Rapla_vallavalitsus, lk 13
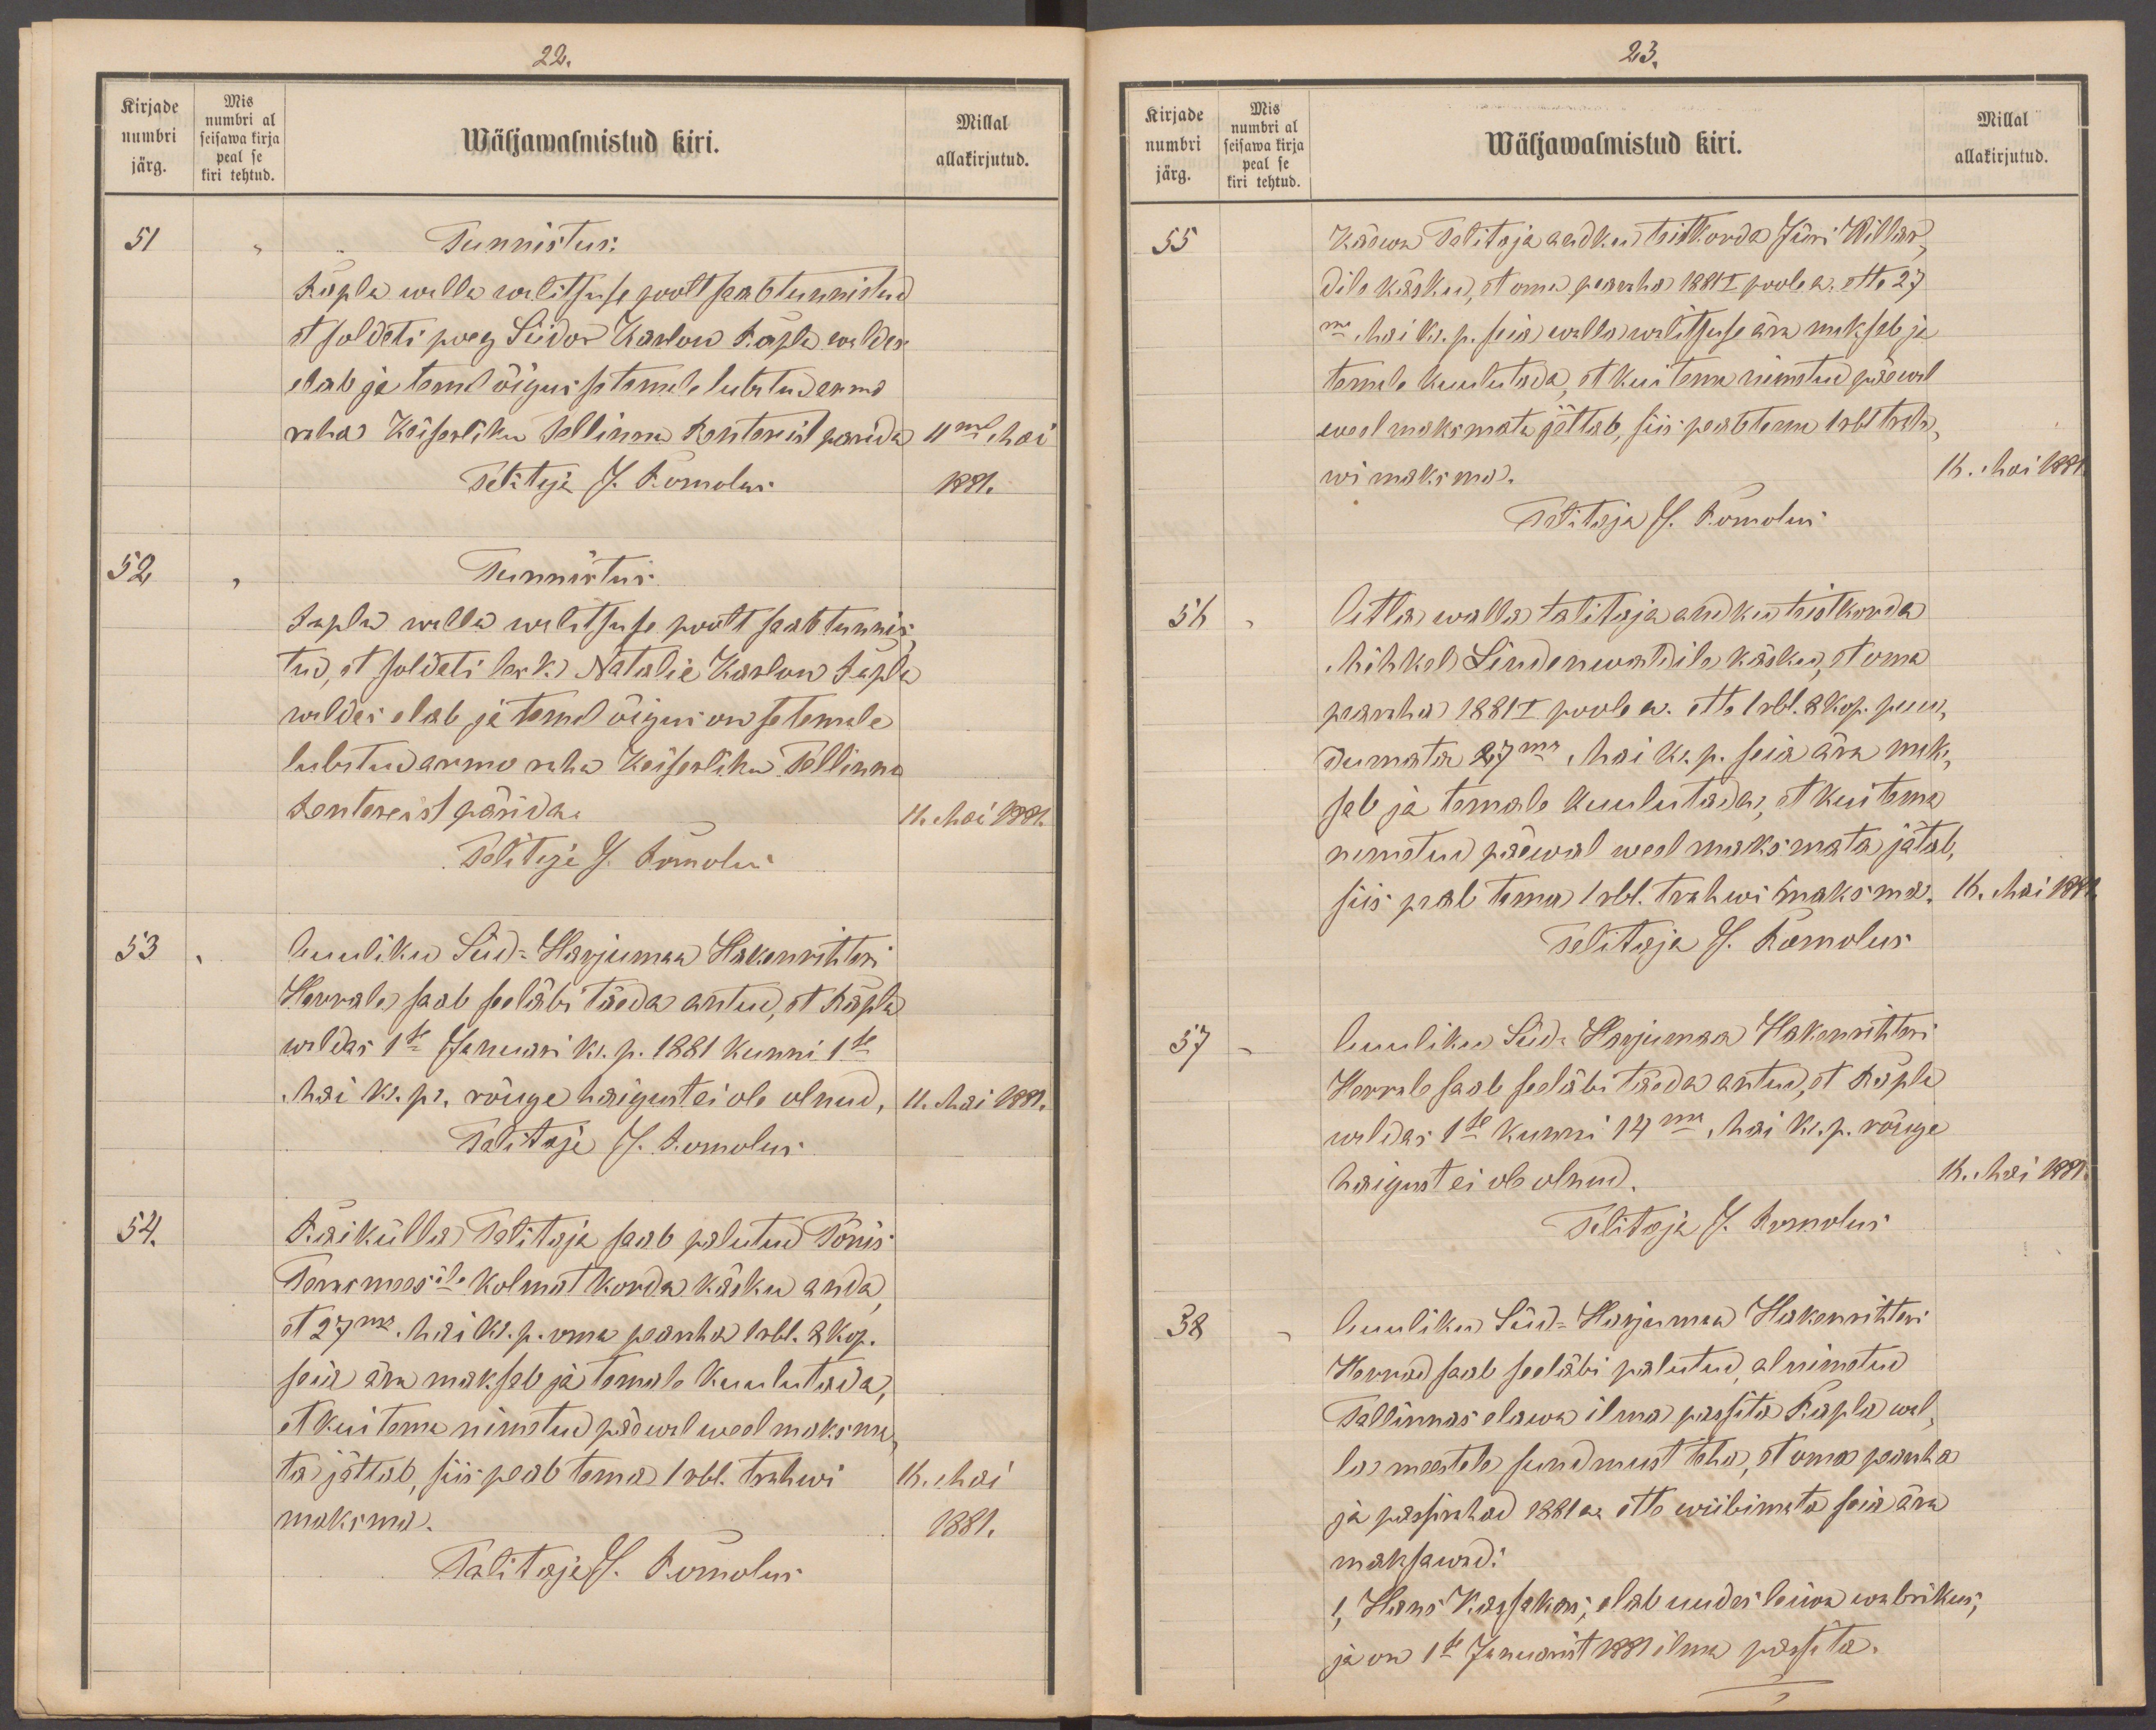
22.
Kirjade
Mis
numbri al
numbri
seisawa kirja
peal se
Wäljawalmistud kiri.
Millal
järg.
allakirjutud.
kiri tehtud.
51
Tunnistus:
Rapla walla walitsuse poolt saab tunnistud
et soldati poeg Siidor Karlow Rapla waldas-
elab ja tema õigus se temale lubatud armo
raha Keiserliku Tallinna Kontorist pärida
11mal Mai
Talitaja J. Romolus
1881.
52
Tunnistus
Rapla walla walitsuse poolt saab tunnis
tud, et soldati lesk Natalie Karlow Rapla
waldas elab ja temal õigus on se temale
lubatud armo raha Keiserliku Tallinna
kontorist pärida.
11. Mai 1881.
Talitaja J. Romolus
53
Auuliku Süd-Harjumaa Hakenrihteri
Herrale saab seeläbi täeda antud, et Rapla
waldas 1se Januari k. p. 1881 kunni 1se
Mai k. pr. rõuge haigust ei ole olnud,
11. Mai 1881.
Talitaja J. Romolus
54.
Raikülla Talitaja saab palutud Tõnis-
Terasmeesile kolmat korda käsku anda
et 27ma. Maiks. p. oma pearaha 1 rbl. 8 kop.
seia ära maksab ja temale kuulutada,
et kui tema nimetud päewal weel maksma
ta jättab, siis peab tema 1 rbl. trahwi
16. Mai
maksma.
1881.
Talitaja J. Romolus

23.
Kirjade
Mis
numbri al
numbri
Millal
Wäljawalmistud kiri.
allakirjutud.
seisawa kirja
peal se
järg.
kiri tehtud
55
Käewa Talitaja andku teistkorda Jürri Willar
dile käsku, et oma pearaha 1881 poole a. ette 27
me Mai k. p. seie walla walitsuse ära maksab ja
temale kuulutada, et kui tema nimetud päewal
weel maksmata jättab, siis peab tema 1 rbl trah,
wi maksma.
16. Mai 1881.
Talitaja J. Romolus
56
Atla walla talitaja andku teistkorda
Mihkel Lindenwaldile käsku, et oma
pearaha 1881 I poole a. ette 1 rbl. 8 kop. puu
dumata 27ma Mai k. p. seia ära maks
sab ja temale kuulutada, et kui tema
nimetud päewal weel maksmata jätab,
siis peab tema 1 rbl. trahwi maksma
16. Mai 1881.
Talitaja J. Romolus
57
Auuliku Süd-Harjumaa Hakenrihteri
Herra saab seeläbi täeda antud, et Rapla
waldas 1se kunni 14ma, Mai k. p. rõuge
haigust ei ole olnud.
16. Mai 1881.
Talitaja J. Romolus
38
Auuliku Süd-Harjumaa Hakenrihteri
Herrad saab seeläbi palutud alnimetud
Tallinnas elawa ilma passita Rapla wal,
la meestele sundmust teha, et oma pearaha
ja passirahad 1881 a. ette wiibimata seia ära
maksawad.
1, Hans Kassakas, elab uudes leiwa wabrikus,
ja on 1se Januarist 1881 ilma passita.